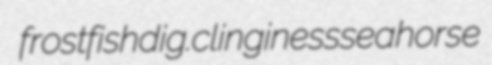
frostfish dig. clinginess seahorse